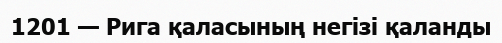
1201 — Рига қаласының негізі қаланды